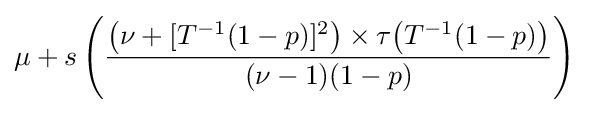
\mu +s\left({\frac {{\big (}\nu +[T^{-1}(1-p)]^{2}{\big )}\times \tau {\big (}T^{-1}(1-p){\big )}}{(\nu -1)(1-p)}}\right)